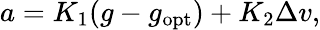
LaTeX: a=K_{1}(g-g_{\mathrm{opt}})+K_{2}\Delta v,